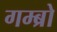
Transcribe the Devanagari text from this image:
गम्ब्रो